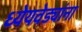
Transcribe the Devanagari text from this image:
ध्येयवेड्यांना